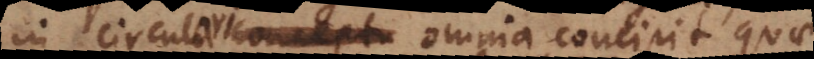
in circuli conceptu omnia concipit quae